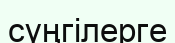
сүңгілерге